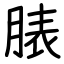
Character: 脿